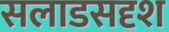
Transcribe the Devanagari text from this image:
सलाडसदृश